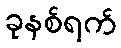
ခုနစ်ရက်